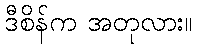
ဒီစိန်က အတုလား။